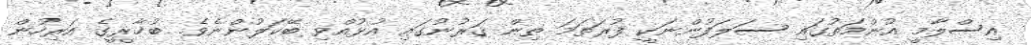
އިސްލާމީ އުންމަތުގައި ސަލަފުންނަކީ ފުރަތަމަ ތިން ޤަރުނުގައި އުޅުއްވި ބޭކަލުންނެވެ. ބުޚާރީގެ އަރިހުން